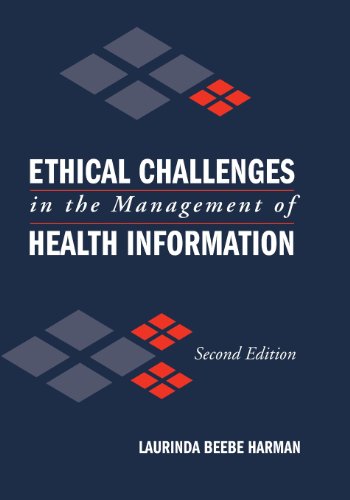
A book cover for Ethical Challenges In The Management Of Health Information; Laurinda Beebe Harman; Medical Books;